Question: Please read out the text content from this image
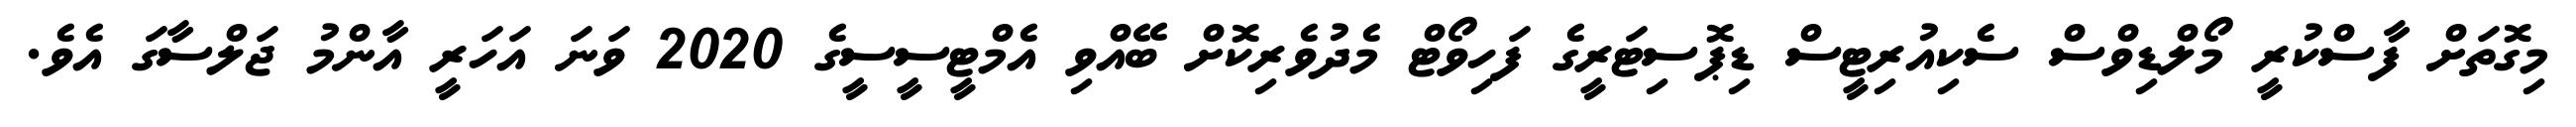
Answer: މިގޮތަށް ފާސްކުރީ މޯލްޑިވްސް ސެކިއުރިޓީސް ޑިޕޮސިޓަރީގެ ފަހިވޯޓް މެދުވެރިކޮށް ބޭއްވި އެމްޓީސީސީގެ 2020 ވަނަ އަހަރީ އާންމު ޖަލްސާގަ އެވެ.